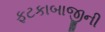
ફટકાબાજીની